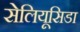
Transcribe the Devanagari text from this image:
सेलियूसिडा